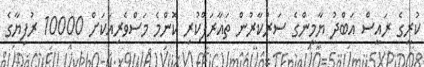
ކުރީގެ ރައީސް އަބްދު ޔާމީންގެ ސަރުކާރުން ތައާރަފްކުރި ކޮންމެ މަސްވެރިއަކަށް 10000 ރުފިޔާގެ